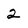
Character: 2